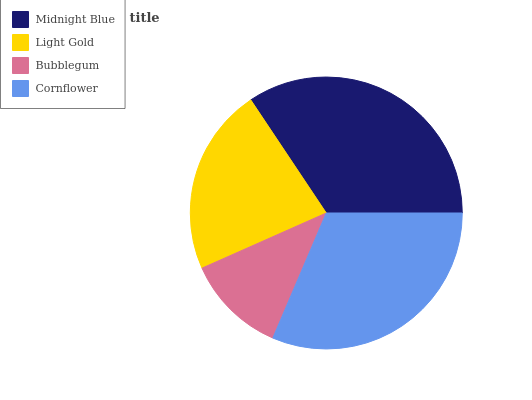
| Midnight Blue | Light Gold | Bubblegum | Cornflower |
 | --- | --- | --- | --- |
 | 34.4% | 22.3% | 11.9% | 31.4% |